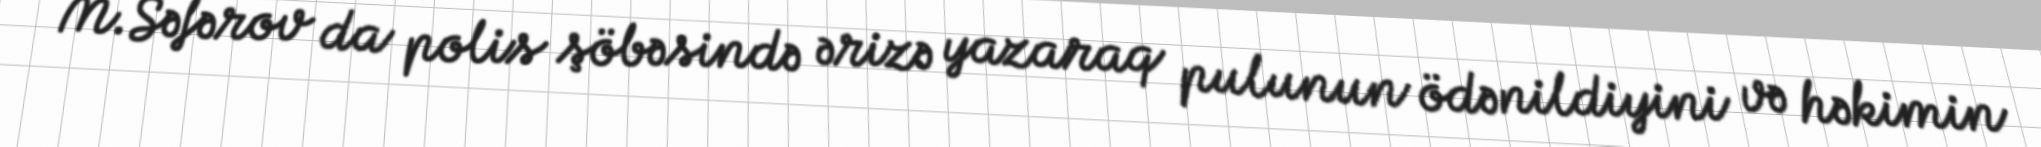
M.Səfərov da polis şöbəsində ərizə yazaraq pulunun ödənildiyini və həkimin